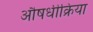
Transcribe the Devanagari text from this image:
औषधीक्रिया